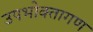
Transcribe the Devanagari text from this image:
उपभोक्‍तागण